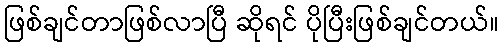
ဖြစ်ချင်တာဖြစ်လာပြီ ဆိုရင် ပိုပြီးဖြစ်ချင်တယ်။